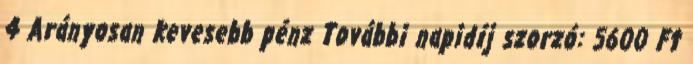
4 Arányosan kevesebb pénz További napidíj szorzó: 5600 Ft